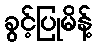
ခွင့်ပြုမိန့်